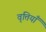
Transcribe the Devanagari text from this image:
वृत्तियॉँ